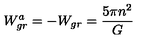
W _ { g r } ^ { a } = - W _ { g r } = { \frac { 5 \pi n ^ { 2 } } { G } }